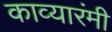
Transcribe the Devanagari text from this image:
काव्यारंमी